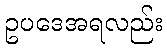
ဥပဒေအရလည်း